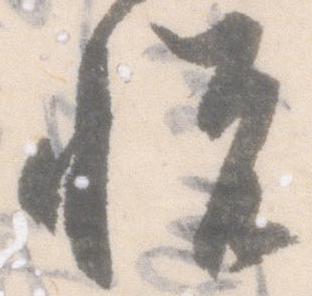
悦